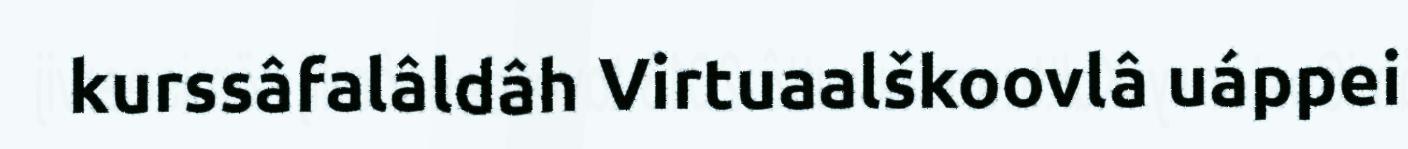
kurssâfalâldâh Virtuaalškoovlâ uáppei